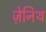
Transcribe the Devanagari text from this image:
ज़ेनिथ